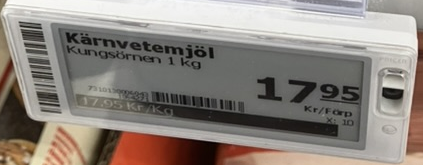
Vara: Kärnvetemjöl
Genomsnittspris: 47.95 per kg